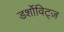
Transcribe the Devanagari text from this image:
डर्शोविट्ज़